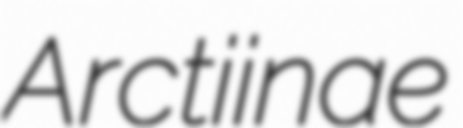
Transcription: Arctiinae